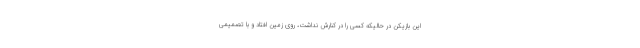
این بازیکن در حالیکه کسی را در کنارش نداشت، روی زمین افتاد و با تصمیمی